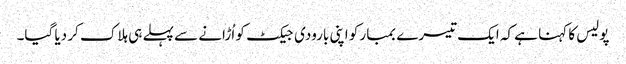
پولیس کا کہنا ہے کہ ایک تیسرے بمبار کو اپنی بارودی جیکٹ کو اُڑانے سے پہلے ہی ہلاک کر دیا گیا۔